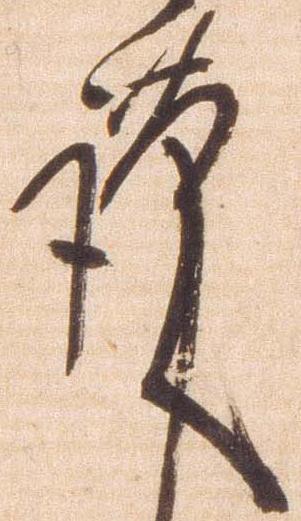
謹